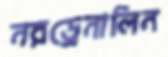
নরড্রেনালিন